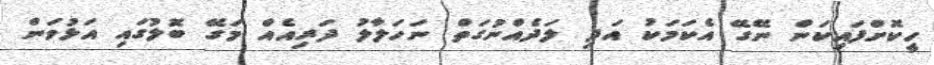
ހީކޮށްފައިކަން ނޭގޭ އެކަމަކު އަދި ލަދެއްނުގަތް ނަހަލާލު ދަރިއެއް މަގޭ ބޮލުގައި އަޅުވަން